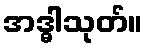
အဒ္ဓါသုတ်။